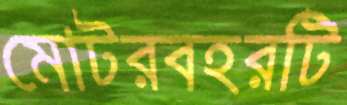
মোটরবহরটি